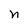
Character: n